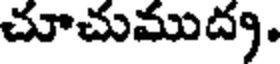
చూచుముద్య.